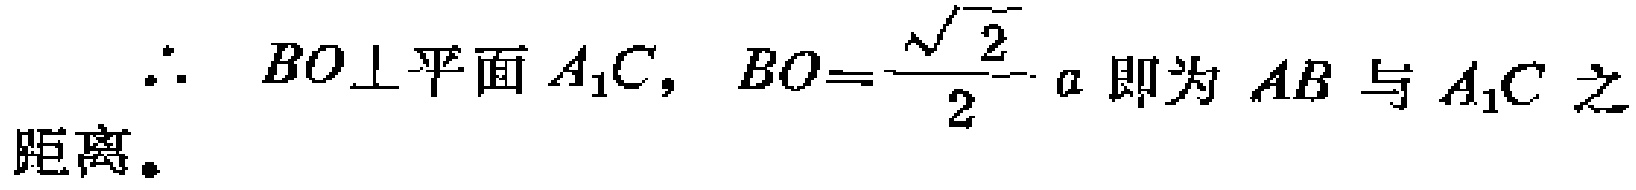
\(\therefore BO\perp 平面A_{1}C,\ BO = \frac{\sqrt{2}}{2}a\) 即为 \(AB\) 与 \(A_{1}C\) 之距离。